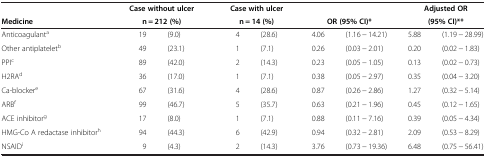
<table><thead><tr><td><b> </b></td><td colspan="2"><b>Case without ulcer</b></td><td colspan="2"><b>Case with ulcer</b></td><td colspan="2"><b> </b></td><td colspan="2"><b>Adjusted OR</b></td></tr><tr><td><b>Medicine</b></td><td colspan="2"><b>n = 212 (%)</b></td><td colspan="2"><b>n = 14 (%)</b></td><td colspan="2"><b>OR (95% CI)*</b></td><td colspan="2"><b>(95% CI)**</b></td></tr></thead><tbody><tr><td>Anticoagulant<sup>a</sup></td><td>19</td><td>(9.0)</td><td>4</td><td>(28.6)</td><td>4.06</td><td>(1.16 − 14.21)</td><td>5.88</td><td>(1.19 − 28.99)</td></tr><tr><td>Other antiplatelet<sup>b</sup></td><td>49</td><td>(23.1)</td><td>1</td><td>(7.1)</td><td>0.26</td><td>(0.03 − 2.01)</td><td>0.20</td><td>(0.02 − 1.83)</td></tr><tr><td>PPI<sup>c</sup></td><td>89</td><td>(42.0)</td><td>2</td><td>(14.3)</td><td>0.23</td><td>(0.05 − 1.05)</td><td>0.13</td><td>(0.02 − 0.73)</td></tr><tr><td>H2RA<sup>d</sup></td><td>36</td><td>(17.0)</td><td>1</td><td>(7.1)</td><td>0.38</td><td>(0.05 − 2.97)</td><td>0.35</td><td>(0.04 − 3.20)</td></tr><tr><td>Ca-blocker<sup>e</sup></td><td>67</td><td>(31.6)</td><td>4</td><td>(28.6)</td><td>0.87</td><td>(0.26 − 2.86)</td><td>1.27</td><td>(0.32 − 5.14)</td></tr><tr><td>ARB<sup>f</sup></td><td>99</td><td>(46.7)</td><td>5</td><td>(35.7)</td><td>0.63</td><td>(0.21 − 1.96)</td><td>0.45</td><td>(0.12 − 1.65)</td></tr><tr><td>ACE inhibitor<sup>g</sup></td><td>17</td><td>(8.0)</td><td>1</td><td>(7.1)</td><td>0.88</td><td>(0.11 − 7.16)</td><td>0.39</td><td>(0.05 − 4.34)</td></tr><tr><td>HMG-Co A redactase inhibitor<sup>h</sup></td><td>94</td><td>(44.3)</td><td>6</td><td>(42.9)</td><td>0.94</td><td>(0.32 − 2.81)</td><td>2.09</td><td>(0.53 − 8.29)</td></tr><tr><td>NSAID<sup>i</sup></td><td>9</td><td>(4.3)</td><td>2</td><td>(14.3)</td><td>3.76</td><td>(0.73 − 19.36)</td><td>6.48</td><td>(0.75 − 56.41)</td></tr></tbody></table>